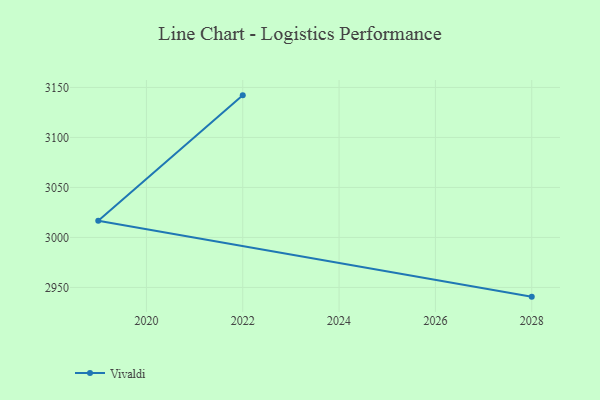
{"axis": {"x": "Year", "y": "Shipments"}, "legend": ["Vivaldi"], "data": [{"x": "2028", "y": 2940.8, "type": "Vivaldi"}, {"x": "2019", "y": 3016.8, "type": "Vivaldi"}, {"x": "2022", "y": 3142.1, "type": "Vivaldi"}]}